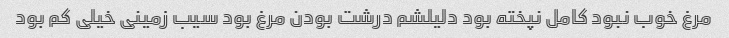
مرغ خوب نبود کامل نپخته بود دلیلشم درشت بودن مرغ بود سیب زمینی خیلی کم بود